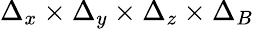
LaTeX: \Delta_{x}\times\Delta_{y}\times\Delta_{z}\times\Delta_{B}